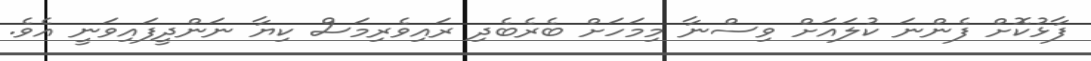
ފާޅުކޮށް ފެންނަ ކުލައަށް ވިސްނާ މިމަހަށް ބެރެބެދި ރައިވެރިމަސް ކިޔާ ނަންދީފައިވަނީ އެވެ.